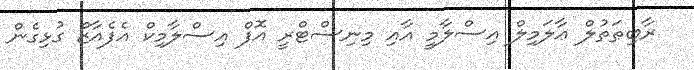
ރާބިޠަތުލް ޢާލަމިލް އިސްލާމީ އާއި މިނިސްޓްރީ އޮފް އިސްލާމިކް އެފެއާޒް ގުޅިގެން